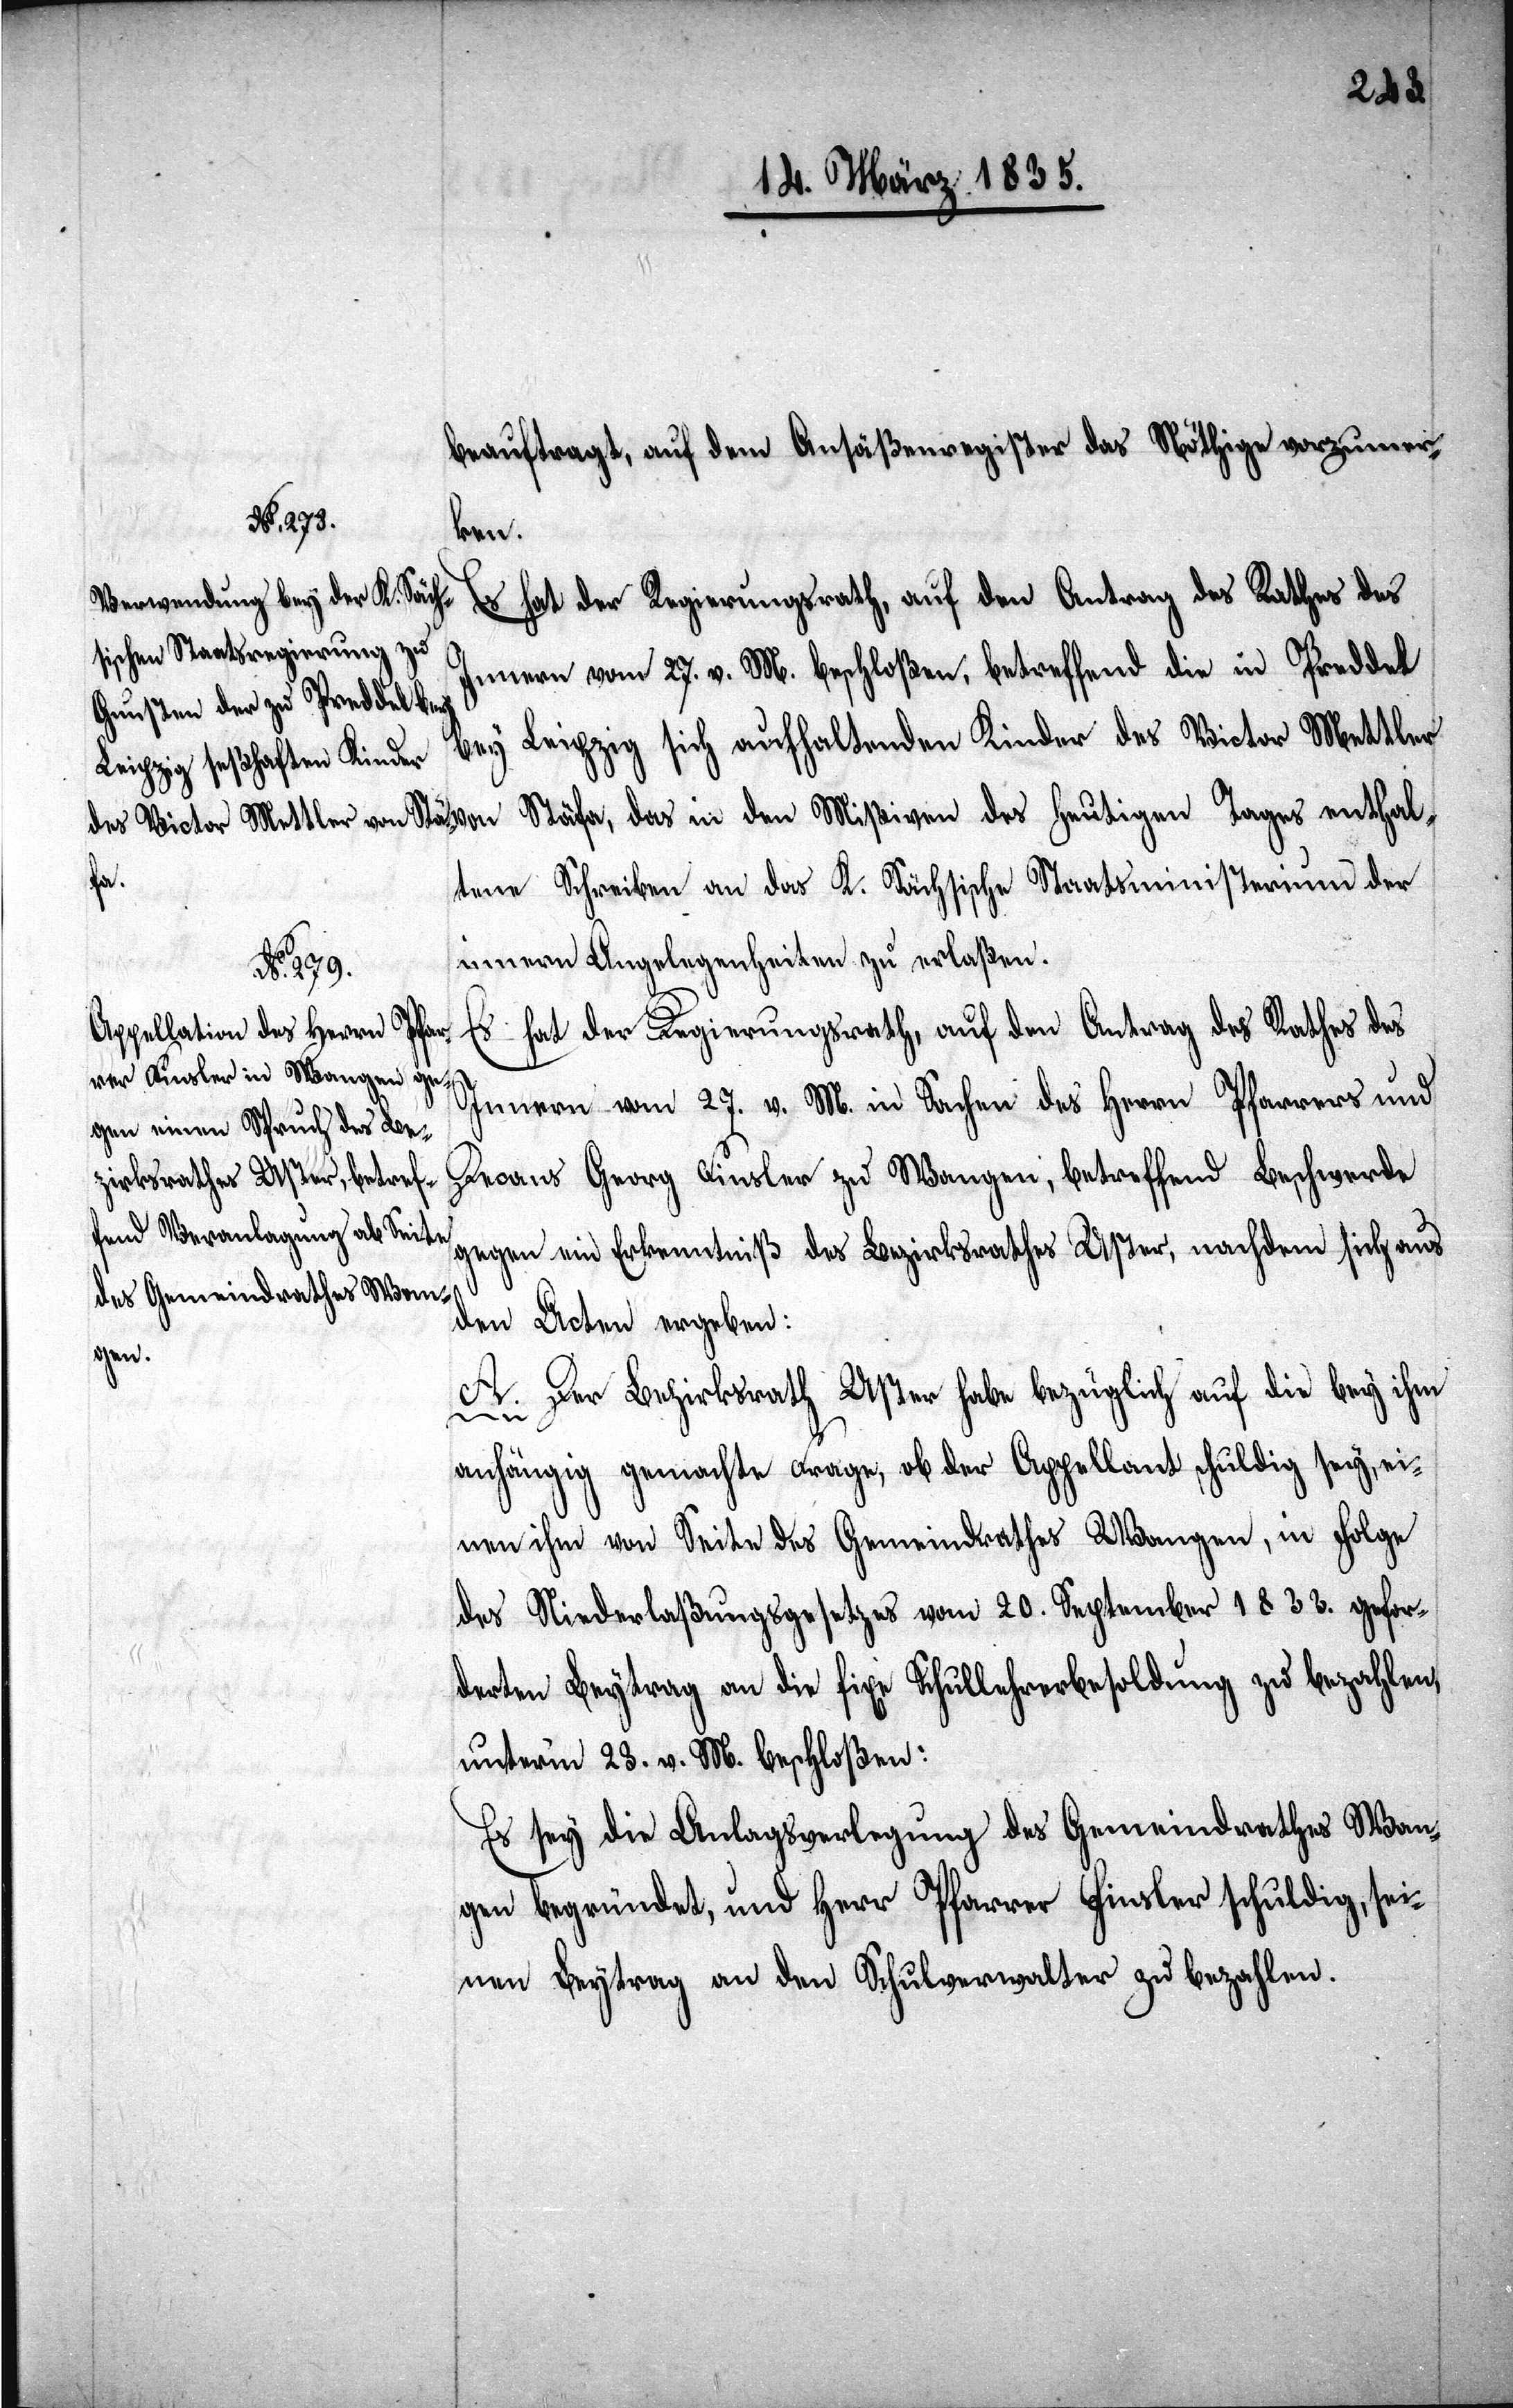
beauftragt, auf dem Ansäßenregister das Nöthige vorzumer¬
Innern vom 27. v. M. beschloßen, betreffend die in Preddel
bey Leipzig sich aufhaltenden Kinder des Victor Mettler
Stäfa, das in den Mißiven des heutigen Tages enthal¬
von
tene Schreiben an das K. Sächsische Staatsministerium der
innern Angelegenheiten zu erlaßen.
Es hat der Regierungsrath, auf den Antrag des Rathes des
Innern vom 27. v. M. in Sachen des Herrn Pfarrers und
Decans Georg Finsler zu Wangen, betreffend Beschwerde
gegen ein Erkenntniß des Bezirksrathes Uster, nachdem sich aus
den Acten ergeben:
A. Der Bezirksrath Uster habe bezüglich auf die bey ihm
anhängig gemachte Frage, ob der Appellant schuldig sey, ei¬
nen ihm von Seite des Gemeindrathes Wangen, in Folge
des Niederlaßungsgesetzes vom 20. September 1833. gefor¬
derten Beytrag an die fixe Schullehrerbesoldung zu bezahlen,
unterm 23. v. M. beschloßen:
Es sey die Anlagsverlegung des Gemeindrathes Wan¬
gen begründet, und Herr Pfarrer Finsler schuldig, sei¬
nen Beytrag an den Schulverwalter zu bezahlen.